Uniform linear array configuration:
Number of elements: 4
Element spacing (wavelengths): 0.5
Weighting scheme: blackman
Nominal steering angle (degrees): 0
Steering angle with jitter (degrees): -1.8
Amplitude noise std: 0.05
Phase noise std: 0.05

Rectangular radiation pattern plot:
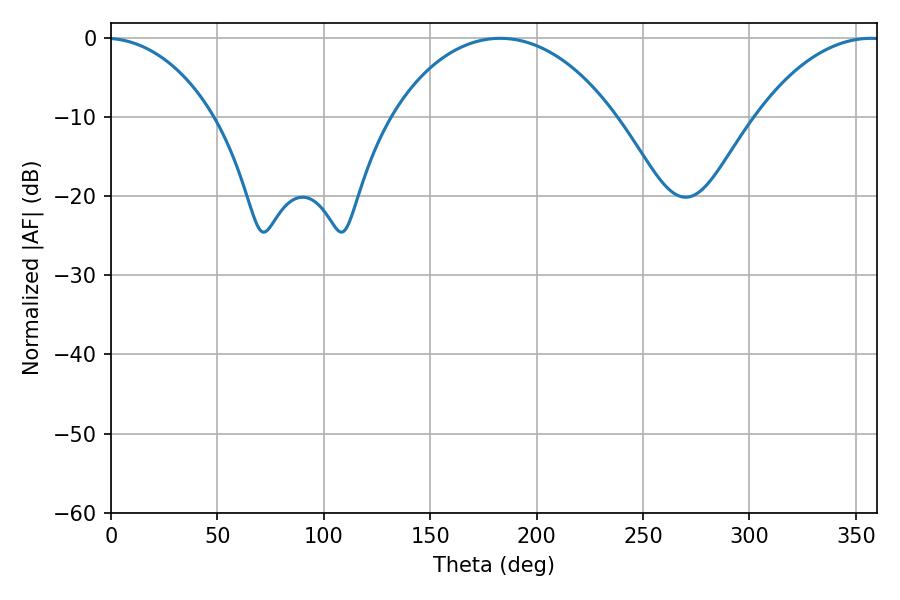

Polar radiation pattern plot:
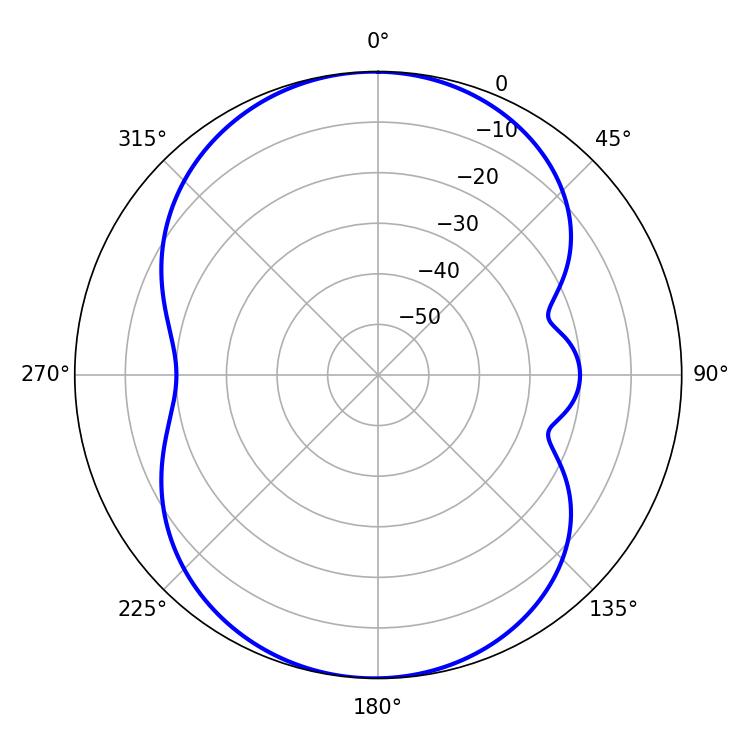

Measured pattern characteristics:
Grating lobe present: FALSE
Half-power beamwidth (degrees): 59.94
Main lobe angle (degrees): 182.88